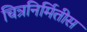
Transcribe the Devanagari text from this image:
चित्रनिर्मितीस